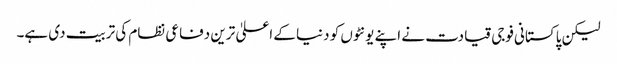
لیکن پاکستانی فوجی قیادت نے اپنے یونٹوں کو دنیا کے اعلیٰ ترین دفاعی نظام کی تربیت دی ہے۔